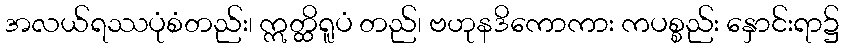
အလယ်ရဿပုံစံတည်း၊ ဣတ္ထိရူပံ တည်၊ ဗဟုနဒိကောကား ကပစ္စည်း နှောင်းရာ၌